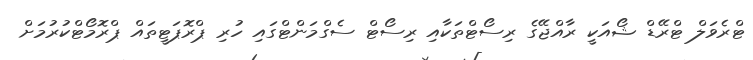
ޓްރެވަލް ޓްރޭޑް ޝޯއަކީ ރާއްޖޭގެ ރިސޯޓްތަކާއި ރިސޯޓް ސެގްމަންޓްގައި ހުރި ޕްރޮޕަޓީތައް ޕްރޮމޯޓްކުރުމަށް